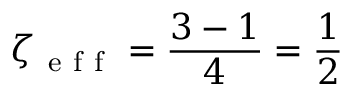
\zeta _ { \mathrm { ~ e ~ f ~ f ~ } } = \frac { 3 - 1 } { 4 } = \frac { 1 } { 2 }